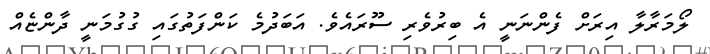
ލޯމަރާލާ އިރަށް ފެންނަނީ އެ ބިރުވެރި ސޫރައެވެ. އަބަދުމެ ކަންފަތުގައި ގުގުމަނީ ދާންޏެއް